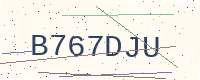
Text: B767DJU